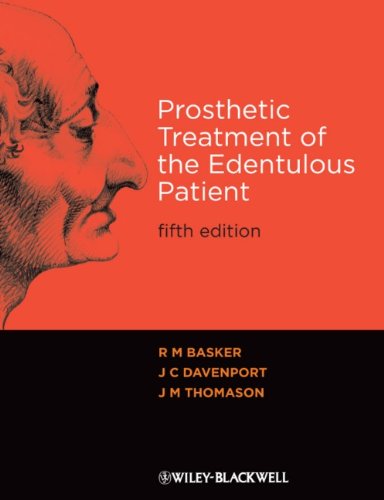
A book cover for Prosthetic Treatment of the Edentulous Patient; R. M. Basker; Medical Books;